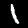
Label: 1